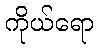
ကိုယ်ရော